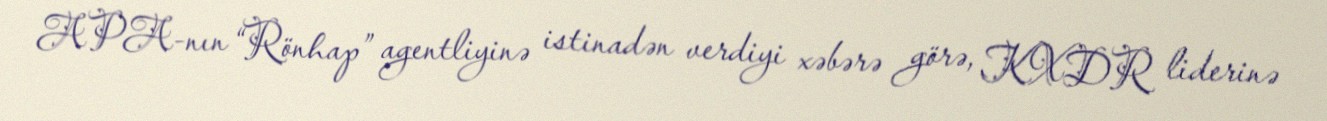
APA-nın “Rönhap” agentliyinə istinadən verdiyi xəbərə görə, KXDR liderinə